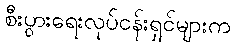
စီးပွားရေးလုပ်ငန်းရှင်များက